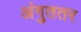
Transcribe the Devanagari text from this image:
अंगुततर